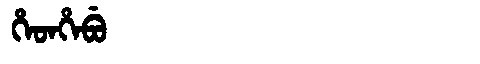
Manchu: ᡥᡝᡨᡥᡝᠪᡠ
Romanization: HETHEBU